Annual administration and progress report of the Indian Medical Department, Bombay
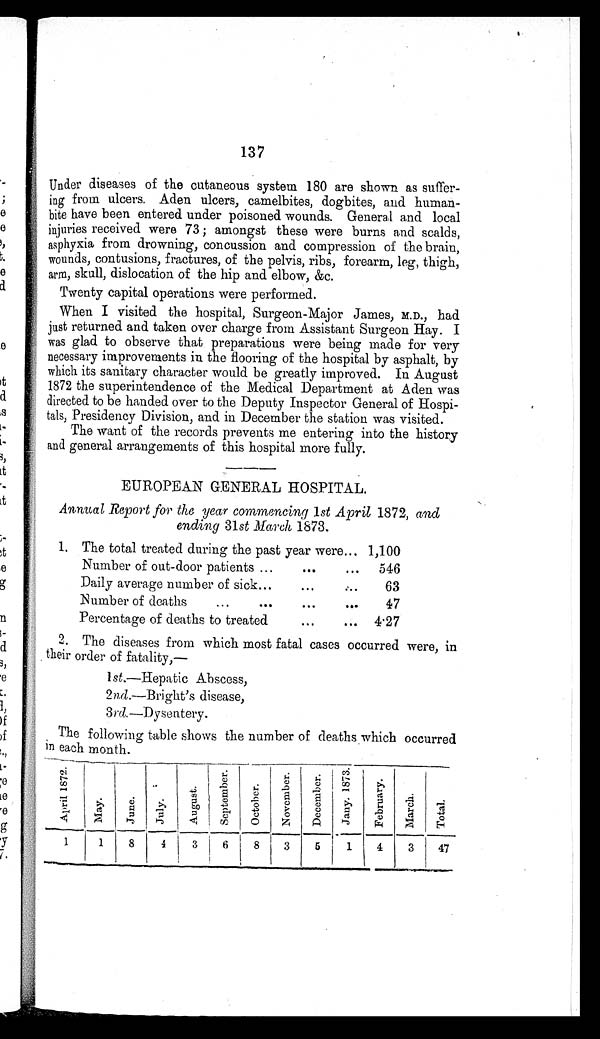
137
Under diseases of the cutaneous system 180 are shown as suffer--
ing from ulcers. Aden ulcers, camelbites, dogbites, and human-
bite have been entered under poisoned wounds. General and local
injuries received were 73; amongst these were burns and scalds,
asphyxia from drowning, concussion and compression of the brain,
w o u n d s , c o n t u s i o n s , f r a c t u r e s , o f t h e p e l v i s , r i b s , f o r e a r m , l e g , t h i g h ,
arm, skull, dislocation of the hip and elbow, &c.
Twenty capital operations were performed.
When I visited the hospital, Surgeon-Major James, M.D., had
j u s t r e t u r n e d a n d t a k e n o v e r c h a r g e f r o m A s s i s t a n t S u r g e o n H a y . I
was glad to observe that preparations were being made for very
necessary improvements in the flooring of the hospital by asphalt, by
which its sanitary character would be greatly improved. In August
1872 the superintendence of the Medical Department at Aden was
directed to be handed over to the Deputy Inspector General of Hospi--
tals, Presidency Division, and in December the station was visited.
The want of the records prevents me entering into the history
and general arrangements of this hospital more fully.
EUROPEAN GENERAL HOSPITAL.
Annual Report for the year commencing 1st April 1872, and
ending 31st March 1873.
1. The total treated during the past year were . . . 1,100
Number of out-door patients . . . 546
Daily average number of sick . . .
63
Number of deaths . . .
47
Percentage of deaths to treated . . . 4.27
2. The diseases from which most fatal cases occurred were, in
their order of fatality,—
1 s t . —H e p a t i c A b s c e s s ,
2
n d .
— B r i g h t ' s d i s e a s e ,
3rd.—Dysentery.
The following table shows the number of deaths which occurred
in each month.
A p r i l 1 8 7 2 .
M a y .
J u n e .
J u l y .
A u g u s t .
S e p t e m b e r .
O c t o b e r .
N o v e m b e r .
D e c e m b e r . J a n y . 1 8 7 3 . F e b r u a r y .
M a r c h .
T o t a l .
1
1
8
4
3
6 8
3
5 1
4
3 47